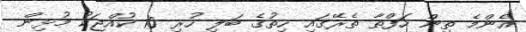
އެންމެ ތިން ހަފްތާ ތެރޭގައި ހިތުގެ ބަލި ހުރި 10 ކުއްޖަކު މުޅިން